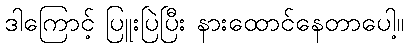
ဒါကြောင့် ပြူးပြဲပြီး နားထောင်နေတာပေါ့။